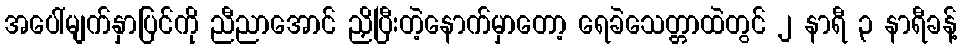
အပေါ်မျက်နှာပြင်ကို ညီညာအောင် ညှိပြီးတဲ့နောက်မှာတော့ ရေခဲသေတ္တာထဲတွင် ၂ နာရီ ၃ နာရီခန့်